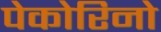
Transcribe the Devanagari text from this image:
पेकोरिनो